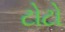
ટોટો